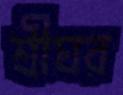
শ্রীঘর